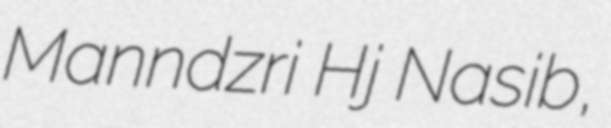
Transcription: Manndzri Hj Nasib,